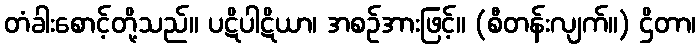
တံခါးစောင့်တို့သည်။ ပဋိပါဋိယာ၊ အစဉ်အားဖြင့်။ (စီတန်းလျက်။) ဌိတာ၊